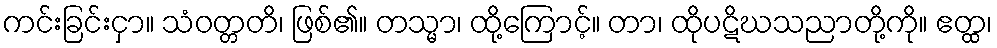
ကင်းခြင်းငှာ။ သံဝတ္တတိ၊ ဖြစ်၏။ တသ္မာ၊ ထို့ကြောင့်။ တာ၊ ထိုပဋိဃသညာတို့ကို။ ဧတ္ထ၊